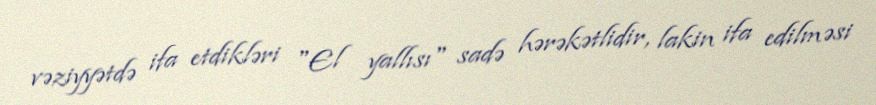
vəziyyətdə ifa etdikləri "El yallısı" sadə hərəkətlidir, lakin ifa edilməsi